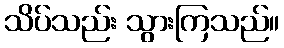
သိပ်သည်း သွားကြသည်။